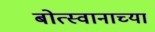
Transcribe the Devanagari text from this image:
बोत्स्वानाच्या